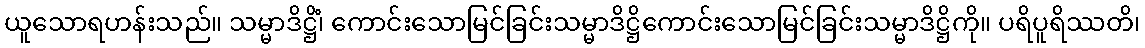
ယူသောရဟန်းသည်။ သမ္မာဒိဋ္ဌိံ၊ ကောင်းသောမြင်ခြင်းသမ္မာဒိဋ္ဌိကောင်းသောမြင်ခြင်းသမ္မာဒိဋ္ဌိကို။ ပရိပူရိဿတိ၊